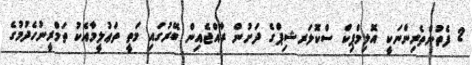
2 ފެތުންތެރިންނަކީ އޮލިމްޕިކް ސްކޮލަރޝިޕްގެ ދަށުން ރާއްޖެއިން ބޭރުގައި މަތީ ތަޢުލީމާއެކު ތަމްރީނުހެދުމުގެ